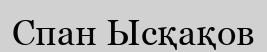
Спан Ысқақов